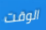
الوقت